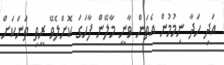
އަދި ހަދާ ނިމުމުން އެތަން ވާނީ މާލޭން ފާހަގަ ކޮށްލެވޭ ރީތި ތަނަކަށް